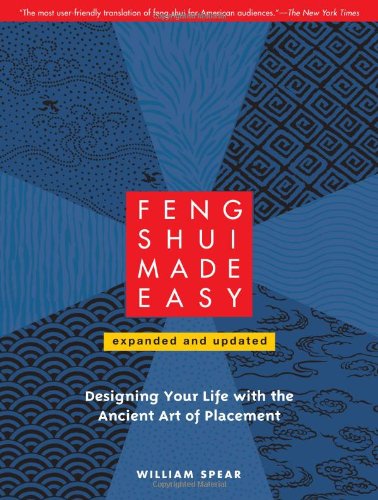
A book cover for Feng Shui Made Easy, Revised Edition: Designing Your Life with the Ancient Art of Placement; William Spear; Religion & Spirituality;